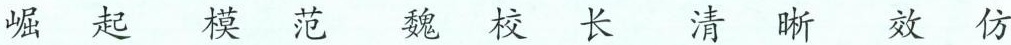
崛 起 模 范 魏 校 长 清 晰 效 仿